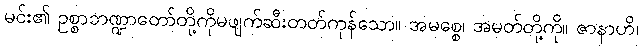
မင်း၏ ဥစ္စာဘဏ္ဍာတော်တို့ကိုမဖျက်ဆီးတတ်ကုန်သော။ အမစ္စေ၊ အမတ်တို့ကို။ ဇာနာဟိ၊